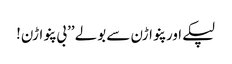
لپکے اور پنواڑن سے بولے ’’بی پنواڑن!